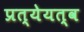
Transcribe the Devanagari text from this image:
प्रत्येयत्व